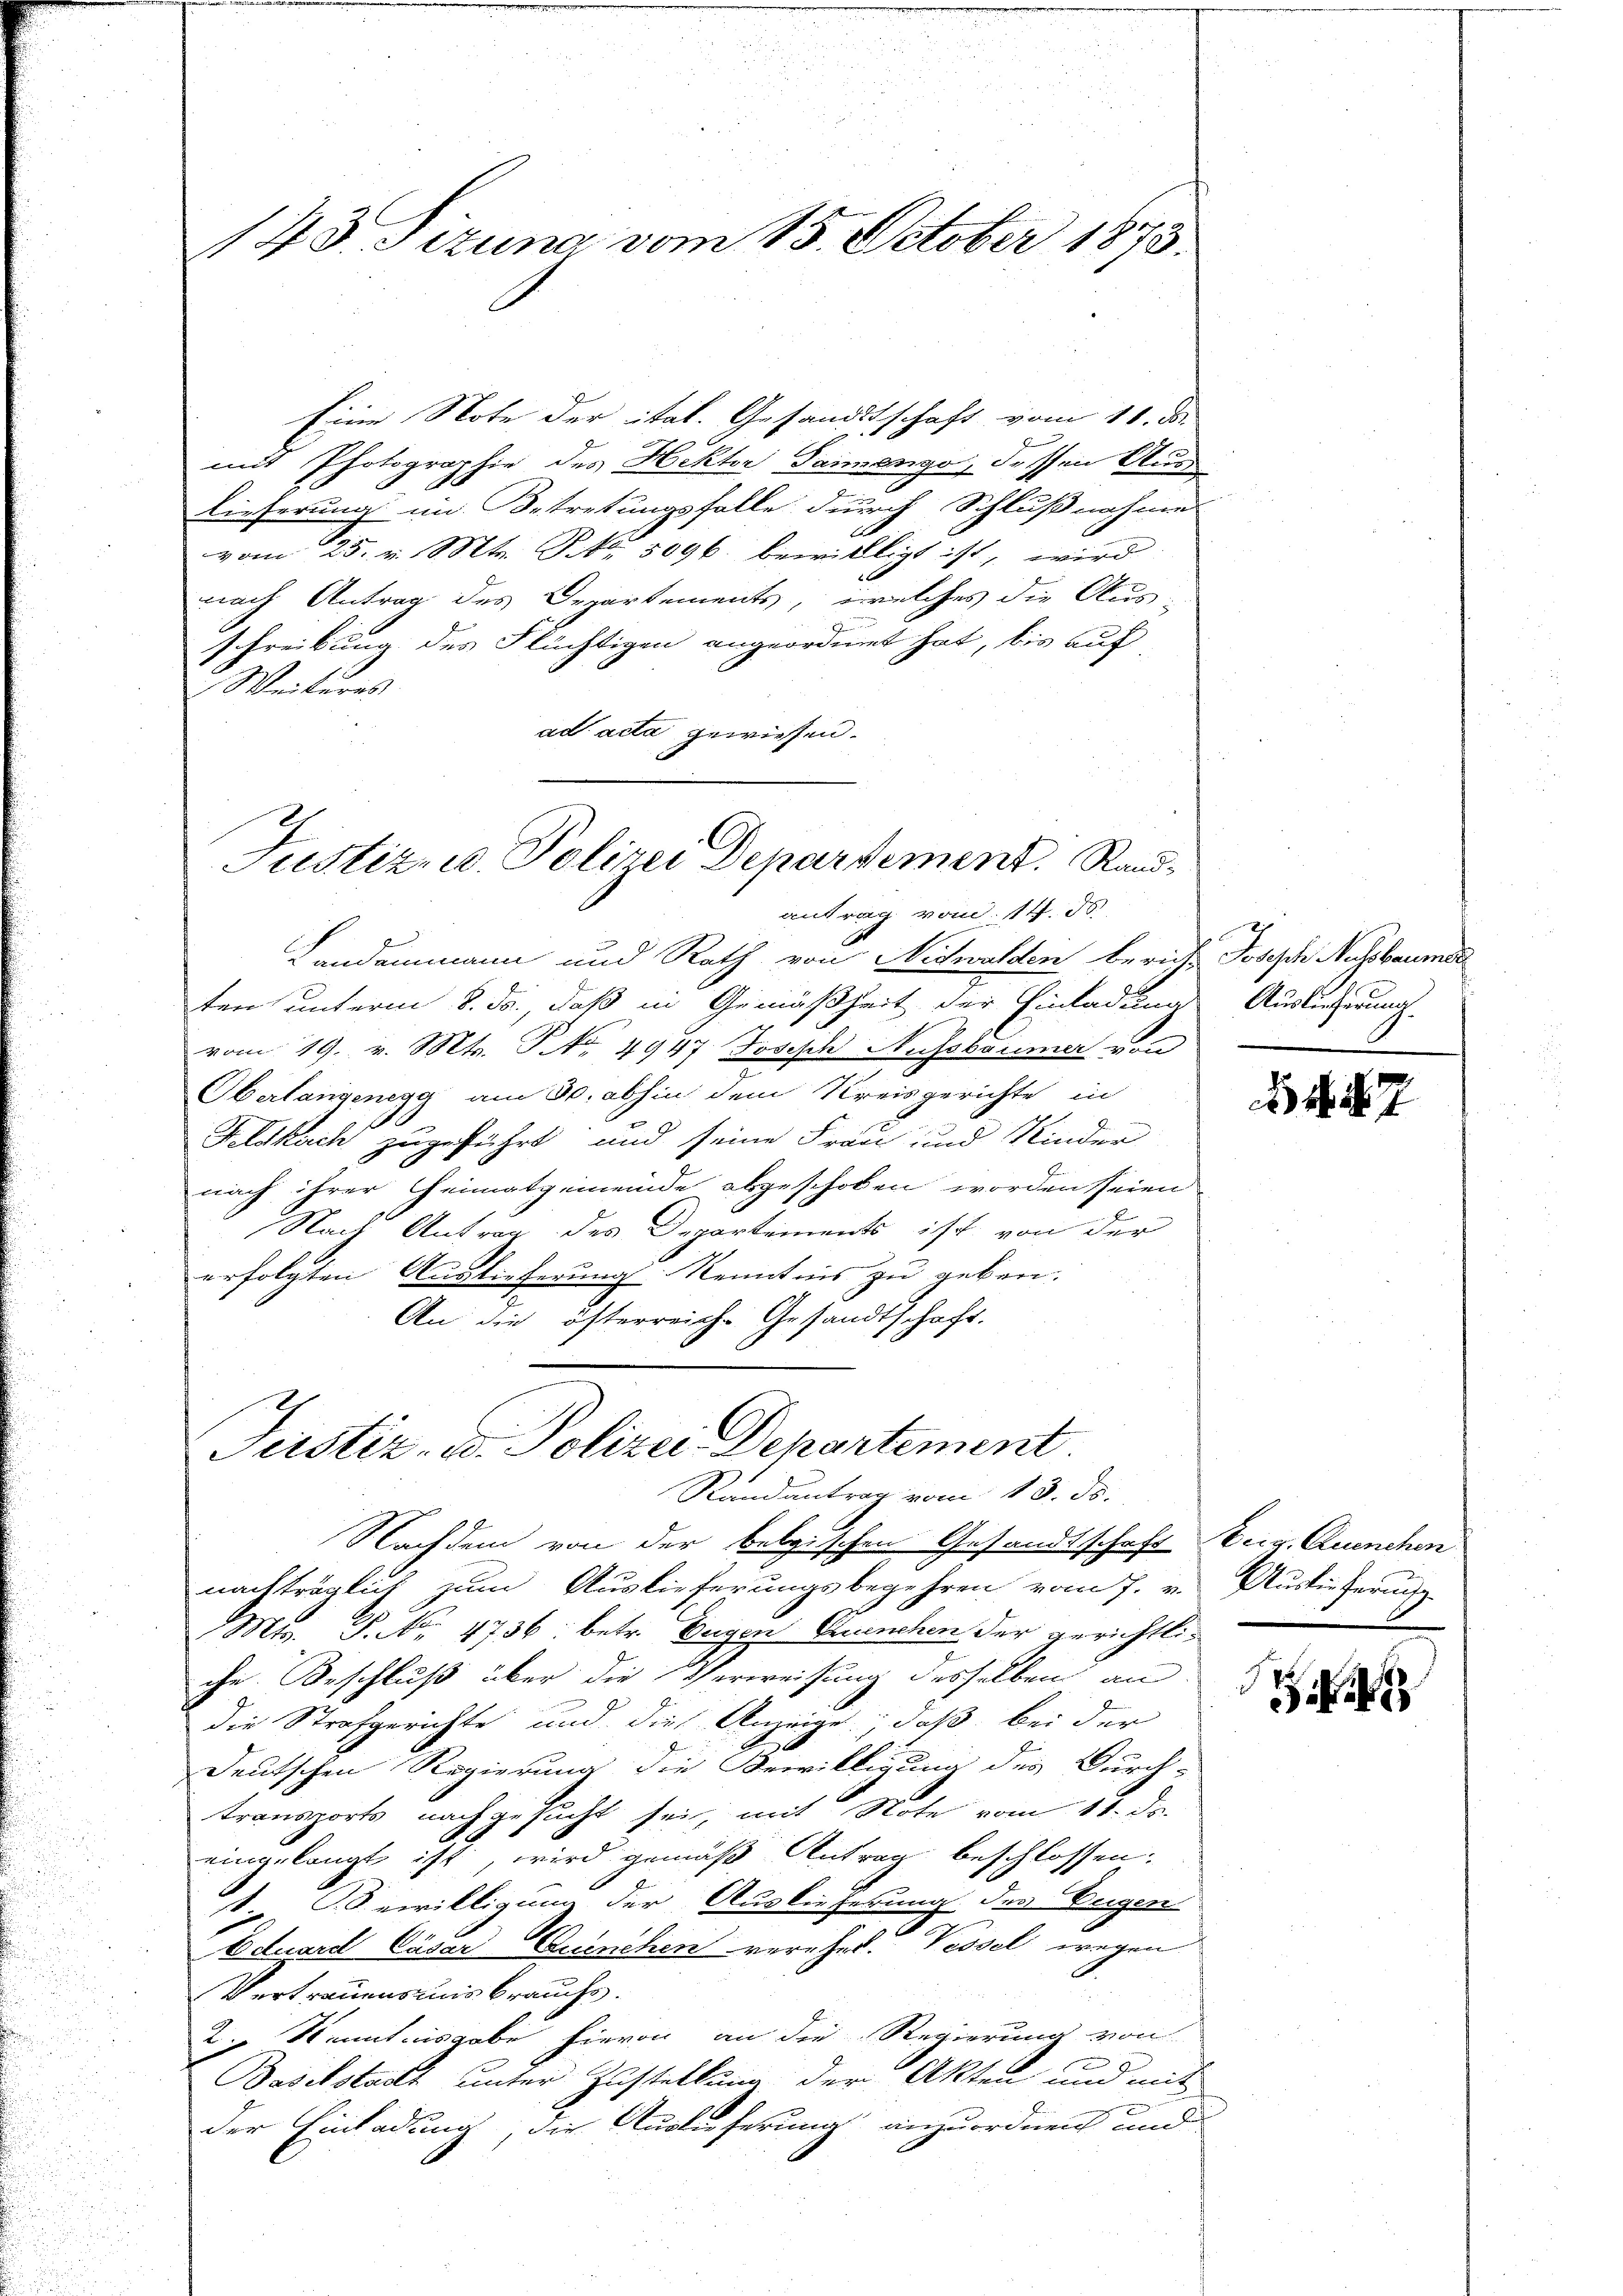
u
1

143. Sizung vom 15. October 1873.

Eine Note der ital. Gesandtschaft vom 18. d.
mit Photographie des Hektor Saimenge, dessen Aus
lieferung im Betretungsfalle durch Schlußnahme
vom 25. v. Mts. S. Nr. 5096. bewillligt ist, wird
nach Antrag des Departements, welches die Aus-
schreibung des Flüchtigen angeordnet hat, bis auf
Weiteres
ad acta gewiesen.
Landammann und Rath von Nichwalden berufs Joseph Nussbaumse
ten unterm 8. ds., daß in Gemäßheit der Einladung Auslicherung
vom 19. v. Mts. No. 4947 Joseph Aussbaumer von
Oberlangenegg am 30. abhin dem Kreisgerichte in
Feldkirch zugeführt und seine Frau und Kinder
nach ihrer Heimatgemeinde abgeschoben worden seien
 Nach Antrag des Departements ist von der
erfolgten Auslieferung Kenntnis zu geben.
An die österreiche Gesandtschaft.
Justiz- u. Polizei Departement.
Randantrag vom 13. ds.
Nachdem von der belgischen Gesandtschaft Ver. Ruechen
nachträglich zum Auslieferungsbegehren vom 7. v. Auslieferung
Mr. P. Nr. 4736: betr. Eugen Punchen der gerichtliche Beschluß über die Verweisung desselben an
die Strafgerichte und dies Anzeige, daß bei der
Deutschen Regierung die Bewilligung des Durch-
transports nachgesucht sei, mit Note vom 11. ds.
eingelangt ist wird gemäß Antrag beschlossen:
1 Bewilligung der Auslieferung des Begen
Eduard Cäsar Guinchen verehel. Vessel wegen
Vertrauensmis brauchs.
2. Kenntnisgabe hievon an die Regierung von
Baselstadt unter Zustellung der Akten und mit
der Einladung, die Auslieferung anzuordnen und

Justiz- u. Polizei Departement. Randantrag vom 14. d.

7